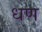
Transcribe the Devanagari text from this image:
धण